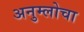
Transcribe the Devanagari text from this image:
अनुम्लोचा